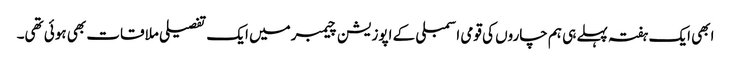
ابھی ایک ہفتہ پہلے ہی ہم چاروں کی قومی اسمبلی کے اپوزیشن چیمبرمیں ایک تفصیلی ملاقات بھی ہوئی تھی۔